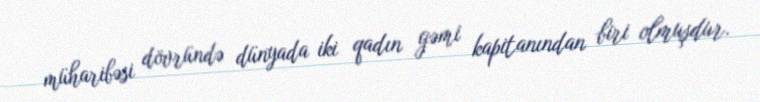
müharibəsi dövründə dünyada iki qadın gəmi kapitanından biri olmuşdur.